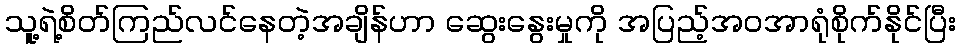
သူ့ရဲ့စိတ်ကြည်လင်နေတဲ့အချိန်ဟာ ဆွေးနွေးမှုကို အပြည့်အဝအာရုံစိုက်နိုင်ပြီး